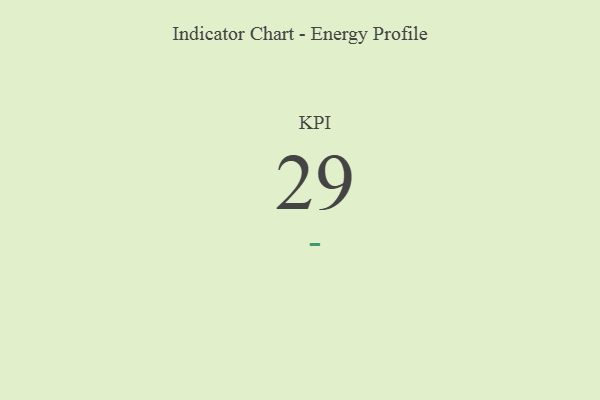
{"axis": {"x": "KPI", "y": "Value"}, "legend": [""], "data": [{"x": "KPI", "y": 29, "type": ""}]}